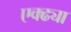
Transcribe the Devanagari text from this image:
एक्ढ्या